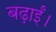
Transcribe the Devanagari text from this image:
बढ़ाईं।